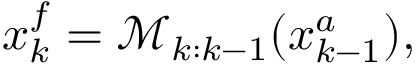
\v x _ { k } ^ { f } = \mathcal { M } _ { k : k - 1 } ( \v x _ { k - 1 } ^ { a } ) ,